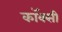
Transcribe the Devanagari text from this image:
कॉक्सी